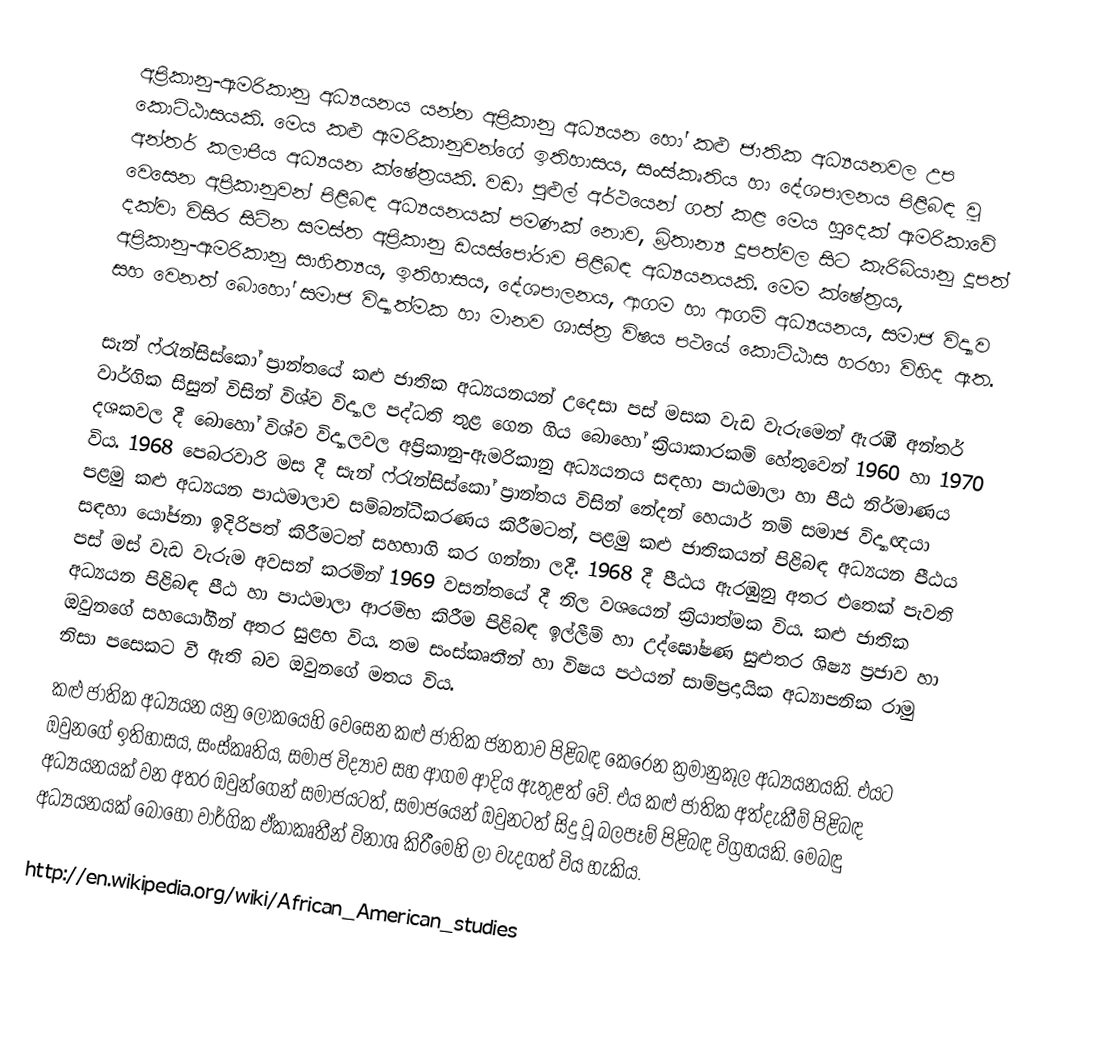
අප්‍රිකානු-ඇමරිකානු අධ්‍යයනය යන්න අප්‍රිකානු අධ්‍යයන හෝ කළු ජාතික අධ්‍යයනවල උප කොට්ඨාසයකි. මෙය කළු ඇමරිකානුවන්ගේ ඉතිහාසය, සංස්කෘතිය හා දේශපාලනය පිළිබඳ වූ අන්තර් කලාපීය අධ්‍යයන ක්ෂේත්‍රයකි. වඩා පුළුල් අර්ථයෙන් ගත් කළ මෙය හුදෙක් ඇමරිකාවේ වෙසෙන අප්‍රිකානුවන් පිළිබඳ අධ්‍යයනයක් පමණක් නොව, බ්‍රිතාන්‍ය දූපත්වල සිට කැරිබියානු දූපත් දක්වා විසිර සිටින සමස්ත අප්‍රිකානු ඩයස්පෝරාව පිළිබඳ අධ්‍යයනයකි. මෙම ක්ෂේත්‍රය, අප්‍රිකානු-ඇමරිකානු සාහිත්‍යය, ඉතිහාසය, දේශපාලනය, ආගම හා ආගම් අධ්‍යයනය, සමාජ විද්‍යාව සහ වෙනත් බොහෝ සමාජ විද්‍යාත්මක හා මානව ශාස්ත්‍ර විෂය පථයේ කොට්ඨාස හරහා විහිද ඇත.

සැන් ෆ්රැන්සිස්කෝ ප්‍රාන්තයේ කළු ජාතික අධ්‍යයනයන් උදෙසා පස් මසක වැඩ වැරුමෙන් ඇරඹී අන්තර් වාර්ගික සිසුන් විසින් විශ්ව විද්‍යාල පද්ධති තුළ ගෙන ගිය බොහෝ ක්‍රියාකාරකම් හේතුවෙන් 1960 හා 1970 දශකවල දී බොහෝ විශ්ව විද්‍යාලවල අප්‍රිකානු-ඇමරිකානු අධ්‍යයනය සඳහා පාඨමාලා හා පීඨ නිර්මාණය විය. 1968  පෙබරවාරි මස දී සැන් ෆ්රැන්සිස්කෝ ප්‍රාන්තය විසින් නේදන් හෙයාර් නම් සමාජ විද්‍යාඥයා පළමු කළු අධ්‍යයන පාඨමාලාව සම්බන්ධීකරණය කිරීමටත්, පළමු කළු ජාතිකයන් පිළිබඳ අධ්‍යයන  පීඨය සඳහා යෝජනා ඉදිරිපත් කිරීමටත් සහභාගි කර ගන්නා ලදී. 1968 දී පීඨය ඇරඹුනු අතර එතෙක් පැවති පස් මස් වැඩ වැරුම අවසන් කරමින් 1969 වසන්තයේ දී නිල වශයෙන් ක්‍රියාත්මක විය. කළු ජාතික අධ්‍යයන පිළිබඳ පීඨ හා පාඨමාලා ආරම්භ කිරීම පිළිබඳ ඉල්ලීම් හා උද්ඝෝෂණ සුළුතර ශිෂ්‍ය ප්‍රජාව හා ඔවුනගේ සහයෝගීන් අතර සුළභ විය. තම සංස්කෘතීන් හා විෂය පථයන් සාම්ප්‍රදායික අධ්‍යාපනික රාමු නිසා පසෙකට වී ඇති බව ඔවුනගේ මතය විය.
කළු ජාතික අධ්‍යයන යනු ලෝකයෙහි වෙසෙන කළු ජාතික ජනතාව පිළිබඳ කෙරෙන ක්‍රමානුකූල අධ්‍යයනයකි. එයට ඔවුනගේ ඉතිහාසය, සංස්කෘතිය, සමාජ විද්‍යාව සහ ආගම ආදිය ඇතුළත් වේ. එය කළු ජාතික අත්දැකීම් පිළිබඳ අධ්‍යයනයක් වන අතර ඔවුන්ගෙන් සමාජයටත්, සමාජයෙන් ඔවුනටත් සිදු වූ බලපෑම් පිළිබඳ විග්‍රහයකි. මෙබඳු අධ්‍යයනයක් බොහෝ වාර්ගික ඒකාකෘතීන් විනාශ කිරීමෙහි ලා වැදගත් විය හැකිය.

http://en.wikipedia.org/wiki/African_American_studies